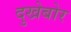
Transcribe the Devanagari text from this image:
दुखेबोर